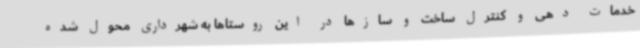
خدمات دهی و کنترل ساخت و سازها در این روستاها به شهرداری محول شده